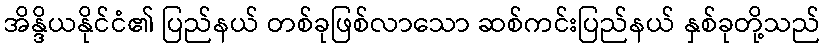
အိန္ဒိယနိုင်ငံ၏ ပြည်နယ် တစ်ခုဖြစ်လာသော ဆစ်ကင်းပြည်နယ် နှစ်ခုတို့သည်